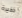
ذخيرة